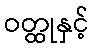
ဝတ္ထုနှင့်